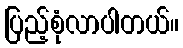
ပြည့်စုံလာပါတယ်။